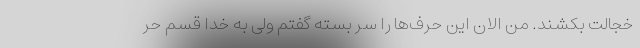
خجالت بکشند. من الان این حرف‌ها را سر بسته گفتم ولی به خدا قسم حر